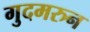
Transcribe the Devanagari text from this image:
गुदमरुन